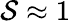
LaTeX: \mathcal{S}\approx1